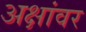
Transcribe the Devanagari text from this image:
अक्षांवर